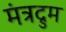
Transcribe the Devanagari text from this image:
मंत्रद्रुम